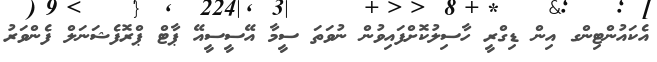
އެކައުންޓިންގ އިން ޑިގްރީ ހާސިލުކޮށްފައިވުން ނުވަތަ ސީމާ އޭސީސީއޭ ޕާޓް ޕްރޮފެޝަނަލް ފެންވަރު